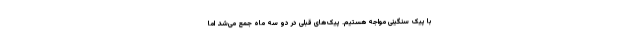
با پیک سنگینی مواجه هستیم. پیک‌های قبلی در دو سه ماه جمع می‌شد اما